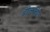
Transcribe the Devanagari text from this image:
ब्रोकविल